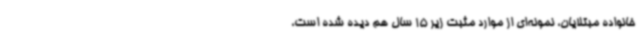
خانواده مبتلایان، نمونه‌ای از موارد مثبت زیر 15 سال‌ هم دیده شده است،